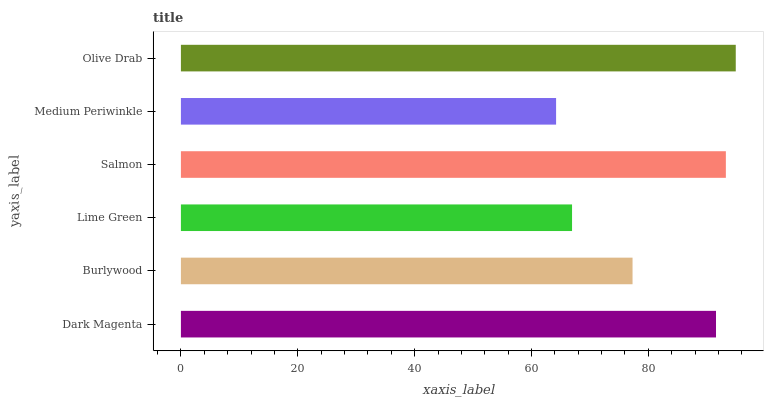
| yaxis_label | bars |
 | --- | --- |
 | Dark Magenta | 91.6 |
 | Burlywood | 77.3 |
 | Lime Green | 66.9 |
 | Salmon | 93.3 |
 | Medium Periwinkle | 64.2 |
 | Olive Drab | 95 |